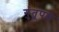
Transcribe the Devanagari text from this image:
गुंतूपल्ले